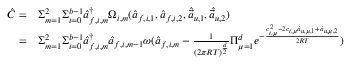
\begin{array} { r l } { \hat { C } = } & { \Sigma _ { m = 1 } ^ { 2 } \Sigma _ { i = 0 } ^ { b - 1 } \hat { a } _ { f , i , m } ^ { \dagger } \Omega _ { i , m } ( \hat { a } _ { f , i , 1 } , \hat { a } _ { f , i , 2 } , \hat { \vec { a } } _ { u , 1 } , \hat { \vec { a } } _ { u , 2 } ) } \\ { = } & { \Sigma _ { m = 1 } ^ { 2 } \Sigma _ { i = 0 } ^ { b - 1 } \hat { a } _ { f , i , m } ^ { \dagger } \hat { a } _ { f , i , m - 1 } \omega ( \hat { a } _ { f , i , m } - \frac { 1 } { ( 2 \pi R T ) ^ { \frac { d } { 2 } } } \Pi _ { \mu = 1 } ^ { d } e ^ { - \frac { c _ { i , \mu } ^ { 2 } - 2 c _ { i , \mu } \hat { a } _ { u , \mu , 1 } + \hat { a } _ { u , \mu , 2 } } { 2 R T } } ) } \end{array}